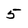
Character: 5